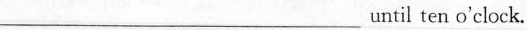
\underlineuntil ten o'clock。